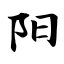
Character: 阳